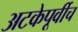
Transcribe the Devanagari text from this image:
अटकेपूर्वीच